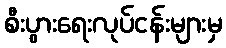
စီးပွားရေးလုပ်ငန်းများမှ